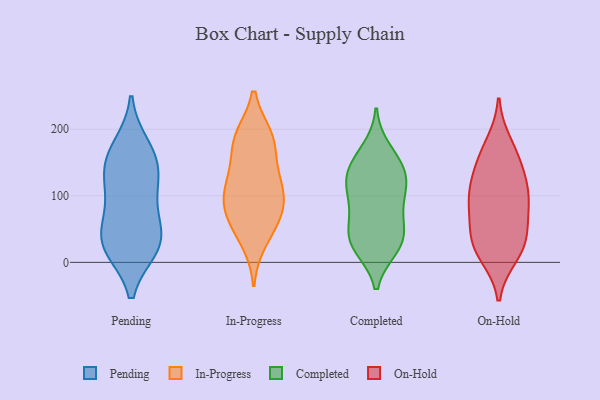
{"axis": {"x": "Active Users", "y": "Value"}, "legend": ["Completed", "In-Progress", "On-Hold", "Pending"], "data": [{"x": "", "y": 24, "type": "Pending"}, {"x": "", "y": 30, "type": "Pending"}, {"x": "", "y": 104, "type": "Pending"}, {"x": "", "y": 95, "type": "Pending"}, {"x": "", "y": 158, "type": "Pending"}, {"x": "", "y": 34, "type": "Pending"}, {"x": "", "y": 51, "type": "Pending"}, {"x": "", "y": 140, "type": "Pending"}, {"x": "", "y": 23, "type": "Pending"}, {"x": "", "y": 173, "type": "Pending"}, {"x": "", "y": 143, "type": "Pending"}, {"x": "", "y": 126, "type": "In-Progress"}, {"x": "", "y": 189, "type": "In-Progress"}, {"x": "", "y": 109, "type": "In-Progress"}, {"x": "", "y": 53, "type": "In-Progress"}, {"x": "", "y": 82, "type": "In-Progress"}, {"x": "", "y": 188, "type": "In-Progress"}, {"x": "", "y": 32, "type": "In-Progress"}, {"x": "", "y": 165, "type": "In-Progress"}, {"x": "", "y": 187, "type": "In-Progress"}, {"x": "", "y": 78, "type": "In-Progress"}, {"x": "", "y": 103, "type": "In-Progress"}, {"x": "", "y": 70, "type": "In-Progress"}, {"x": "", "y": 123, "type": "In-Progress"}, {"x": "", "y": 145, "type": "Completed"}, {"x": "", "y": 29, "type": "Completed"}, {"x": "", "y": 168, "type": "Completed"}, {"x": "", "y": 62, "type": "Completed"}, {"x": "", "y": 92, "type": "Completed"}, {"x": "", "y": 55, "type": "Completed"}, {"x": "", "y": 101, "type": "Completed"}, {"x": "", "y": 144, "type": "Completed"}, {"x": "", "y": 29, "type": "Completed"}, {"x": "", "y": 112, "type": "Completed"}, {"x": "", "y": 120, "type": "Completed"}, {"x": "", "y": 23, "type": "Completed"}, {"x": "", "y": 137, "type": "Completed"}, {"x": "", "y": 32, "type": "Completed"}, {"x": "", "y": 24, "type": "On-Hold"}, {"x": "", "y": 178, "type": "On-Hold"}, {"x": "", "y": 133, "type": "On-Hold"}, {"x": "", "y": 35, "type": "On-Hold"}, {"x": "", "y": 102, "type": "On-Hold"}, {"x": "", "y": 68, "type": "On-Hold"}, {"x": "", "y": 146, "type": "On-Hold"}, {"x": "", "y": 99, "type": "On-Hold"}, {"x": "", "y": 91, "type": "On-Hold"}, {"x": "", "y": 11, "type": "On-Hold"}, {"x": "", "y": 21, "type": "On-Hold"}, {"x": "", "y": 45, "type": "On-Hold"}, {"x": "", "y": 100, "type": "On-Hold"}, {"x": "", "y": 160, "type": "On-Hold"}]}